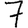
Digit: 7